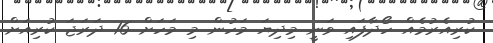
ކުރިއެރުމެއް ހޯދާފައި ވަނީ މިދިޔަ މަހުން މި މަހަށް 16 ދަރަޖަ ކުރިއަށް